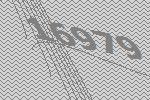
16979